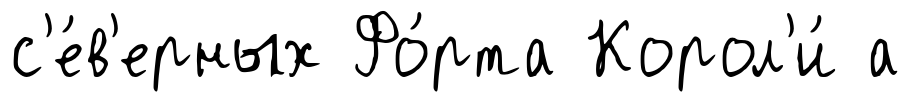
с'е́в'ерных Фо́рта Корол'и́ а